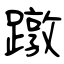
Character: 蹾